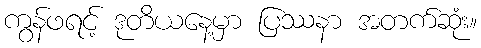
ကွန်ဖရင့် ဒုတိယနေ့မှာ ပြဿနာ အတက်ဆုံး။